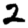
Digit: 2